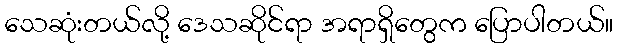
သေဆုံးတယ်လို့ ဒေသဆိုင်ရာ အရာရှိတွေက ပြောပါတယ်။